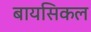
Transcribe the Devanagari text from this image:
बायसिकल